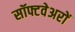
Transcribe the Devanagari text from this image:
सॉफ्टवेअरों